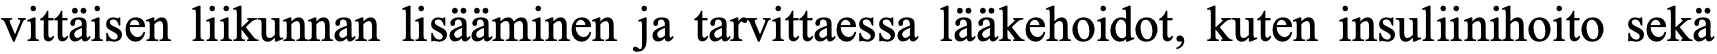
vittäisen liikunnan lisääminen ja tarvittaessa lääkehoidot, kuten insuliinihoito sekä